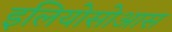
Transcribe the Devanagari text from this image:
इलियोसोआस